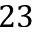
2 3